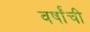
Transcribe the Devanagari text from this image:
वर्षांंची